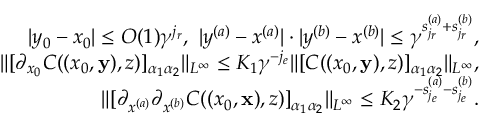
\begin{array} { r l r } & { } & { | y _ { 0 } - x _ { 0 } | \le O ( 1 ) \gamma ^ { j _ { r } } , \ | y ^ { ( a ) } - x ^ { ( a ) } | \cdot | y ^ { ( b ) } - x ^ { ( b ) } | \le \gamma ^ { s _ { j _ { r } } ^ { ( a ) } + s _ { j _ { r } } ^ { ( b ) } } , } \\ & { } & { \Vert [ \partial _ { x _ { 0 } } C ( ( x _ { 0 } , { \bf y } ) , z ) ] _ { \alpha _ { 1 } \alpha _ { 2 } } \Vert _ { L ^ { \infty } } \le K _ { 1 } \gamma ^ { - j _ { e } } \Vert [ C ( ( x _ { 0 } , { \bf y } ) , z ) ] _ { \alpha _ { 1 } \alpha _ { 2 } } \Vert _ { L ^ { \infty } } , } \\ & { } & { \ \Vert [ \partial _ { x ^ { ( a ) } } \partial _ { { x } ^ { ( b ) } } C ( ( x _ { 0 } , { \bf x } ) , z ) ] _ { \alpha _ { 1 } \alpha _ { 2 } } \Vert _ { L ^ { \infty } } \le K _ { 2 } \gamma ^ { - s _ { j _ { e } } ^ { ( a ) } - s _ { j _ { e } } ^ { ( b ) } } . } \end{array}